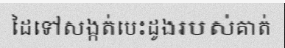
ដៃទៅសង្កត់បេះដូងរបស់គាត់